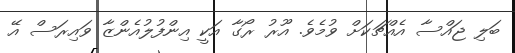
ބަލި ޖައްސާ އެއްޗަކަށް ވުމެވެ. އޫރު ރޯގާ އަކީ އިންފުލުއެންޒާ ވައިރަސް އޭ